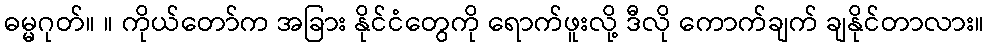
ဓမ္မဂုတ်။ ။ ကိုယ်တော်က အခြား နိုင်ငံတွေကို ရောက်ဖူးလို့ ဒီလို ကောက်ချက် ချနိုင်တာလား။